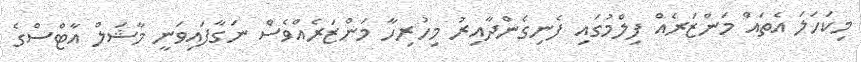
މިކަހަލަ އެތައް މަންޒަރެއް ފިލްމުގައި ފެނިގެންދާއިރު މިހުރިހާ މަންޒަރެއްވެސް ނަގާފައިވަނީ މާޝަލް އާޓްސްގެ